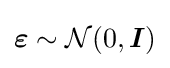
{\boldsymbol {\varepsilon }}\sim {\mathcal {N}}(0,{\boldsymbol {I}})